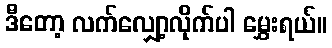
ဒီတော့ လက်လျှော့လိုက်ပါ မွှေးရယ်။